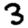
Digit: 3